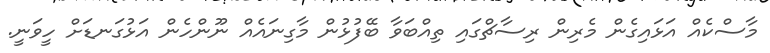
މާސްކެއް އަޅައިގެން މެރިން ރިސާޗްގައި ތިއްބަވާ ބޭފުޅުން މާގިނައެއް ނޫންހެން އަޅުގަނޑަށް ހީވަނީ.